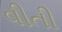
વીતી